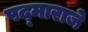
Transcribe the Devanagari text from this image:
पद्‌माराजे